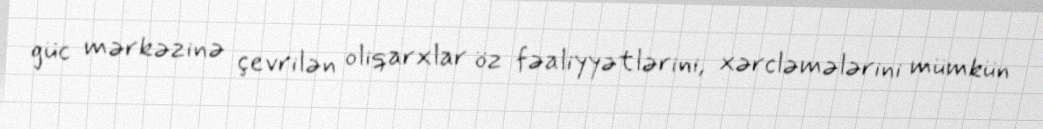
güc mərkəzinə çevrilən oliqarxlar öz fəaliyyətlərini, xərcləmələrini mümkün